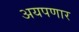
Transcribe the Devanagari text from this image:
अयपणार